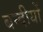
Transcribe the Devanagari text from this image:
बन्दीयों